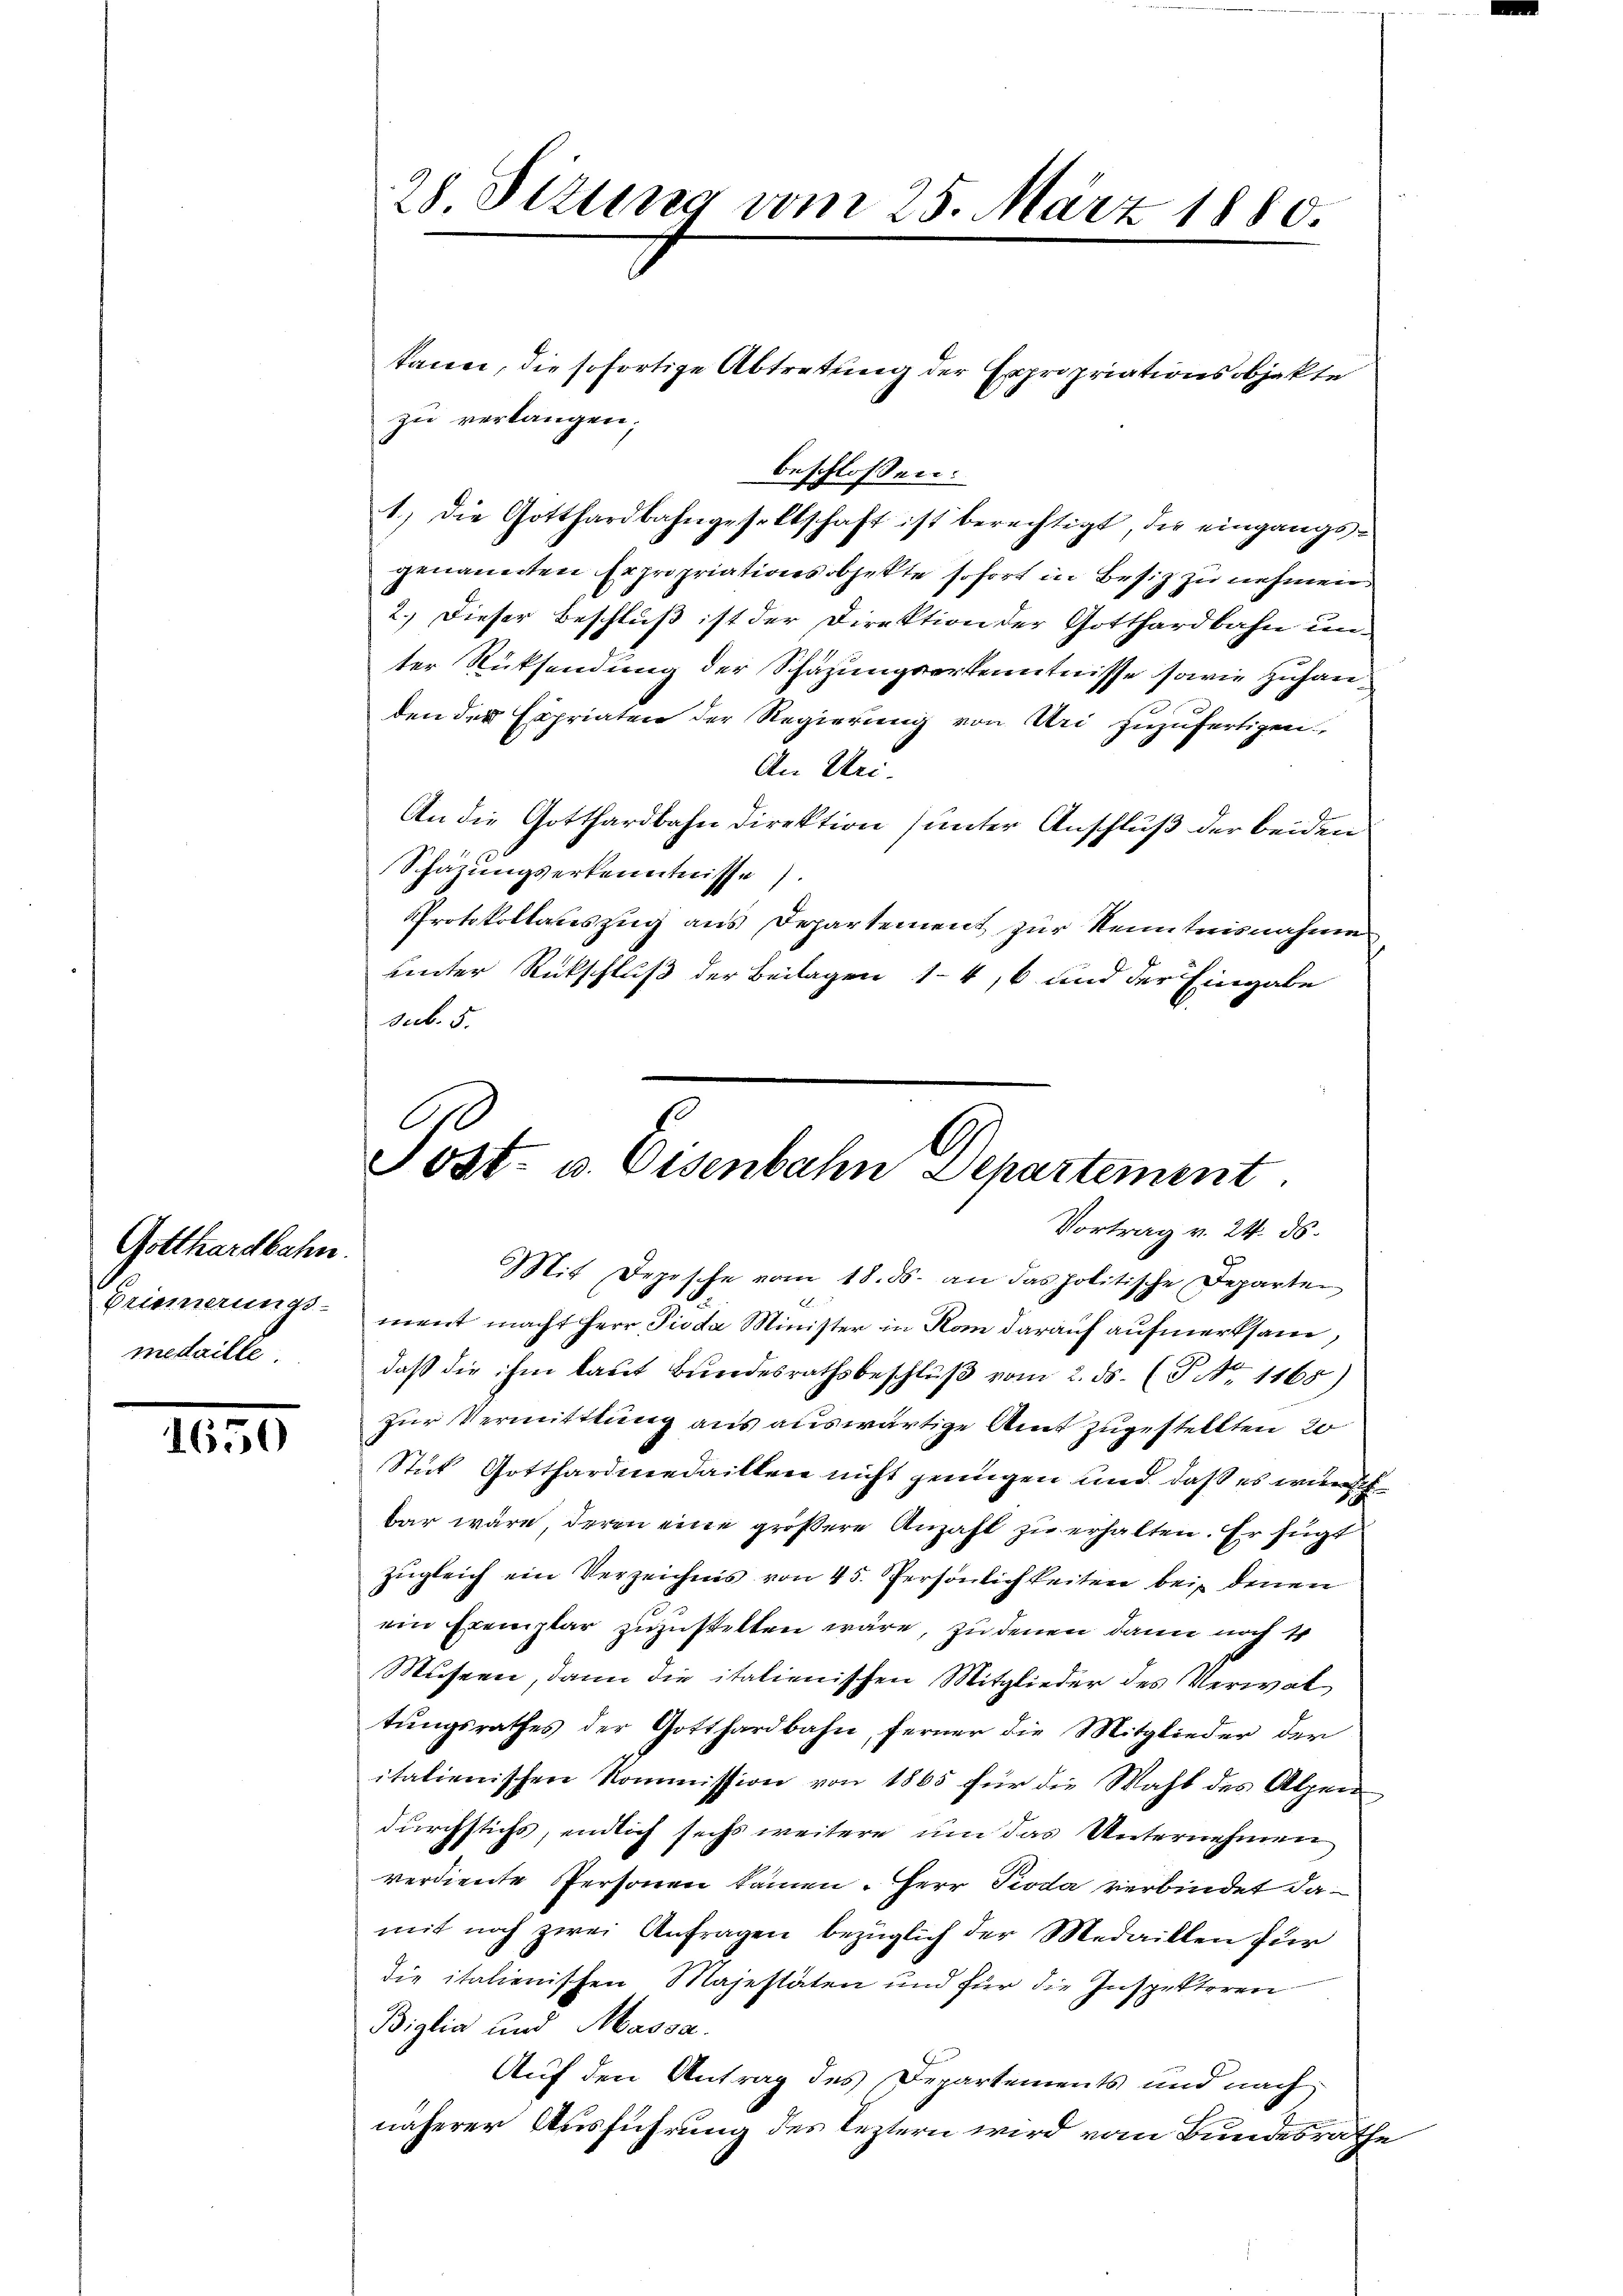
Gotthardbahn.
medaille

1650

28 Sitzung vom 25. März 1880.

kann, die sofortige Abtretung der Expropriationsobjekte
zu verlangen;
beschlossen:
1.) Die Gotthardbahngesellschaft ist berechtigt, die eingangsgenannten Expropriationsobjekte sofort in Besiz zu nehmen.
2.) Dieser Beschluß ist der Direktion der Gotthardbahn unter Rücksendung der Schäzungserkenntnisse sowie zuhanden der Expriaten der Regierung von Uri zuzufertigen,
An Uri.
An die Gotthardbahn Direktion (unter Anschluß der beiden
Schazungserkenntnisse
Protokollauszug aus Departement zur Kenntnisnahme
unter Rückschluß der Beilagen 14, 6 und der Eingabe
sub. 5.

Sost- u. Eisenbahn Departement
Vortrag v. 24. ds.

Mit Depesche vom 18. ds. an das politische Departen
Grisierungs- ment macht Herr Pioda Minister in Rom darauf aufmerksam,
daβ die ihm laŭt Bŭndesrathsbeschlŭβ vom 2. ds. (T No. 1165)
zur Vermittlung aus auswärtige Amt zugestellten 20
Stick Gotthardmedaillen nicht genügen und daß es wunsch
bar wäre, deren eine größere Anzahl zu erhalten. Er fügt
zŭgleich ein Verzeichnis von 45. Persönlichkeiten bei denen
2
ein Exemplar zuzustellen wäre, zu denen dann noch 4
Museen, dann die italienischen Mitglieder des Verwal
tŭngsrathes der Gotthardbahn, ferner die Mitglieder der
italienischen Kommission von 1865 für die Wahl des Alpen
durchstichs, endlich sechs weitere um das Unternehmen
verdiente Personen kamen. Herr Pioda verbindet damit noch zwei Anfragen bezüglich der Medaillen für
die italienischen Majestäten und für die Inspektoren
Biglia und Massa.
Auf den Antrag des Departements und nach
näherer Ausführung des leztern wird vom Bundesräthe